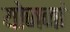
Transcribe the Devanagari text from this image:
योजनां